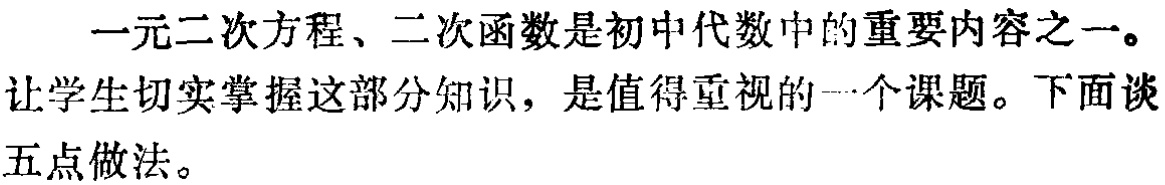
一元二次方程、二次函数是初中代数中的重要内容之一。

让学生切实掌握这部分知识，是值得重视的一个课题。下面谈

五点做法。